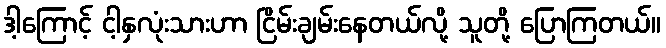
ဒါ့ကြောင့် ငါ့နှလုံးသားဟာ ငြိမ်းချမ်းနေတယ်လို့ သူတို့ ပြောကြတယ်။